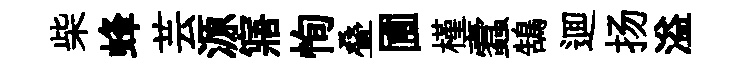
柴蜂芸源寤恂叠圃槿蠧鵠逥扬溢